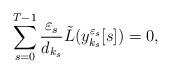
LaTeX: \begin{align*}\sum_{s=0}^{T-1}\frac{\varepsilon_s}{d_{k_s}}\tilde{L}(y_{k_s}^{\varepsilon_s}[s])= 0,\end{align*}